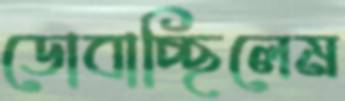
ডোবাচ্ছিলেম